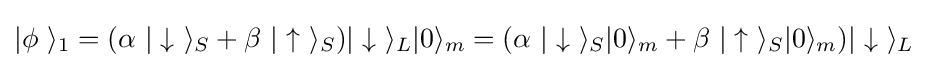
|\phi \ \rangle _{1}=(\alpha \ |\downarrow \ \rangle _{S}+\beta \ |\uparrow \ \rangle _{S})|\downarrow \ \rangle _{L}|0\rangle _{m}=(\alpha \ |\downarrow \ \rangle _{S}|0\rangle _{m}+\beta \ |\uparrow \ \rangle _{S}|0\rangle _{m})|\downarrow \ \rangle _{L}